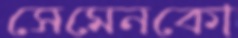
সেমেনকো